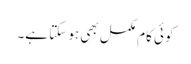
کوئی کام مکمل بھی ہو سکتا ہے۔